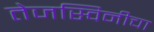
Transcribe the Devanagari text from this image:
तेजस्विनीचा